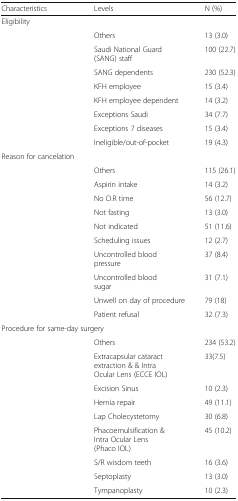
<table><thead><tr><td><b>Characteristics</b></td><td><b>Levels</b></td><td><b>N (%)</b></td></tr></thead><tbody><tr><td colspan="3">Eligibility</td></tr><tr><td></td><td>Others</td><td>13 (3.0)</td></tr><tr><td></td><td>Saudi National Guard (SANG) staff</td><td>100 (22.7)</td></tr><tr><td></td><td>SANG dependents</td><td>230 (52.3)</td></tr><tr><td></td><td>KFH employee</td><td>15 (3.4)</td></tr><tr><td></td><td>KFH employee dependent</td><td>14 (3.2)</td></tr><tr><td></td><td>Exceptions Saudi</td><td>34 (7.7)</td></tr><tr><td></td><td>Exceptions 7 diseases</td><td>15 (3.4)</td></tr><tr><td></td><td>Ineligible/out-of-pocket</td><td>19 (4.3)</td></tr><tr><td>Reason for cancelation</td><td></td><td></td></tr><tr><td></td><td>Others</td><td>115 (26.1)</td></tr><tr><td></td><td>Aspirin intake</td><td>14 (3.2)</td></tr><tr><td></td><td>No O.R time</td><td>56 (12.7)</td></tr><tr><td></td><td>Not fasting</td><td>13 (3.0)</td></tr><tr><td></td><td>Not indicated</td><td>51 (11.6)</td></tr><tr><td></td><td>Scheduling issues</td><td>12 (2.7)</td></tr><tr><td></td><td>Uncontrolled blood pressure</td><td>37 (8.4)</td></tr><tr><td></td><td>Uncontrolled blood sugar</td><td>31 (7.1)</td></tr><tr><td></td><td>Unwell on day of procedure</td><td>79 (18)</td></tr><tr><td></td><td>Patient refusal</td><td>32 (7.3)</td></tr><tr><td colspan="3">Procedure for same-day surgery</td></tr><tr><td></td><td>Others</td><td>234 (53.2)</td></tr><tr><td></td><td>Extracapsular cataract extraction &amp; &amp; Intra Ocular Lens (ECCE IOL)</td><td>33(7.5)</td></tr><tr><td></td><td>Excision Sinus</td><td>10 (2.3)</td></tr><tr><td></td><td>Hernia repair</td><td>49 (11.1)</td></tr><tr><td></td><td>Lap Cholecystetomy</td><td>30 (6.8)</td></tr><tr><td></td><td>Phacoemulsification &amp; Intra Ocular Lens (Phaco IOL)</td><td>45 (10.2)</td></tr><tr><td></td><td>S/R wisdom teeth</td><td>16 (3.6)</td></tr><tr><td></td><td>Septoplasty</td><td>13 (3.0)</td></tr><tr><td></td><td>Tympanoplasty</td><td>10 (2.3)</td></tr></tbody></table>